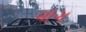
વાગ